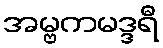
အမ္ဗကမဒ္ဒရီ